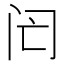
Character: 𨸁